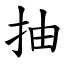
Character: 抽